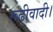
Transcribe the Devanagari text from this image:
रूढीवादी।